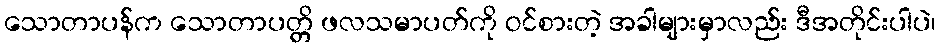
သောတာပန်က သောတာပတ္တိ ဖလသမာပတ်ကို ဝင်စားတဲ့ အခါများမှာလည်း ဒီအတိုင်းပါပဲ၊